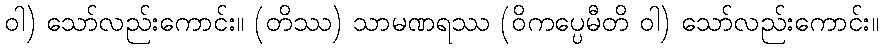
ဝါ) သော်လည်းကောင်း။ (တိဿ) သာမဏရဿ (ဝိကပ္ပေမီတိ ဝါ) သော်လည်းကောင်း။